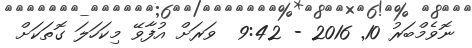
ނޮވެމްބަރު 10